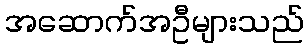
အဆောက်အဦများသည်